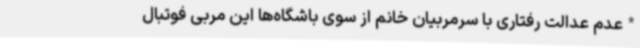
*عدم عدالت رفتاری با سرمربیان خانم از سوی باشگاه‌ها این مربی فوتبال